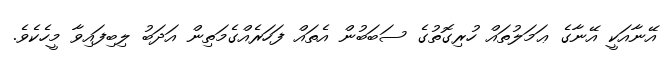
އޭނާއަކީ އޭނާގެ ޢަމަލުތައް ހުރިގޮތުގެ ސަބަބުން އެތައް ފަހަރެއްގެމަތިން އަދަބު ލިބިފައިވާ މީހެކެވެ.